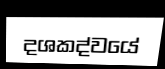
දශකද්වයේ